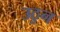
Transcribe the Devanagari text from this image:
उठुन